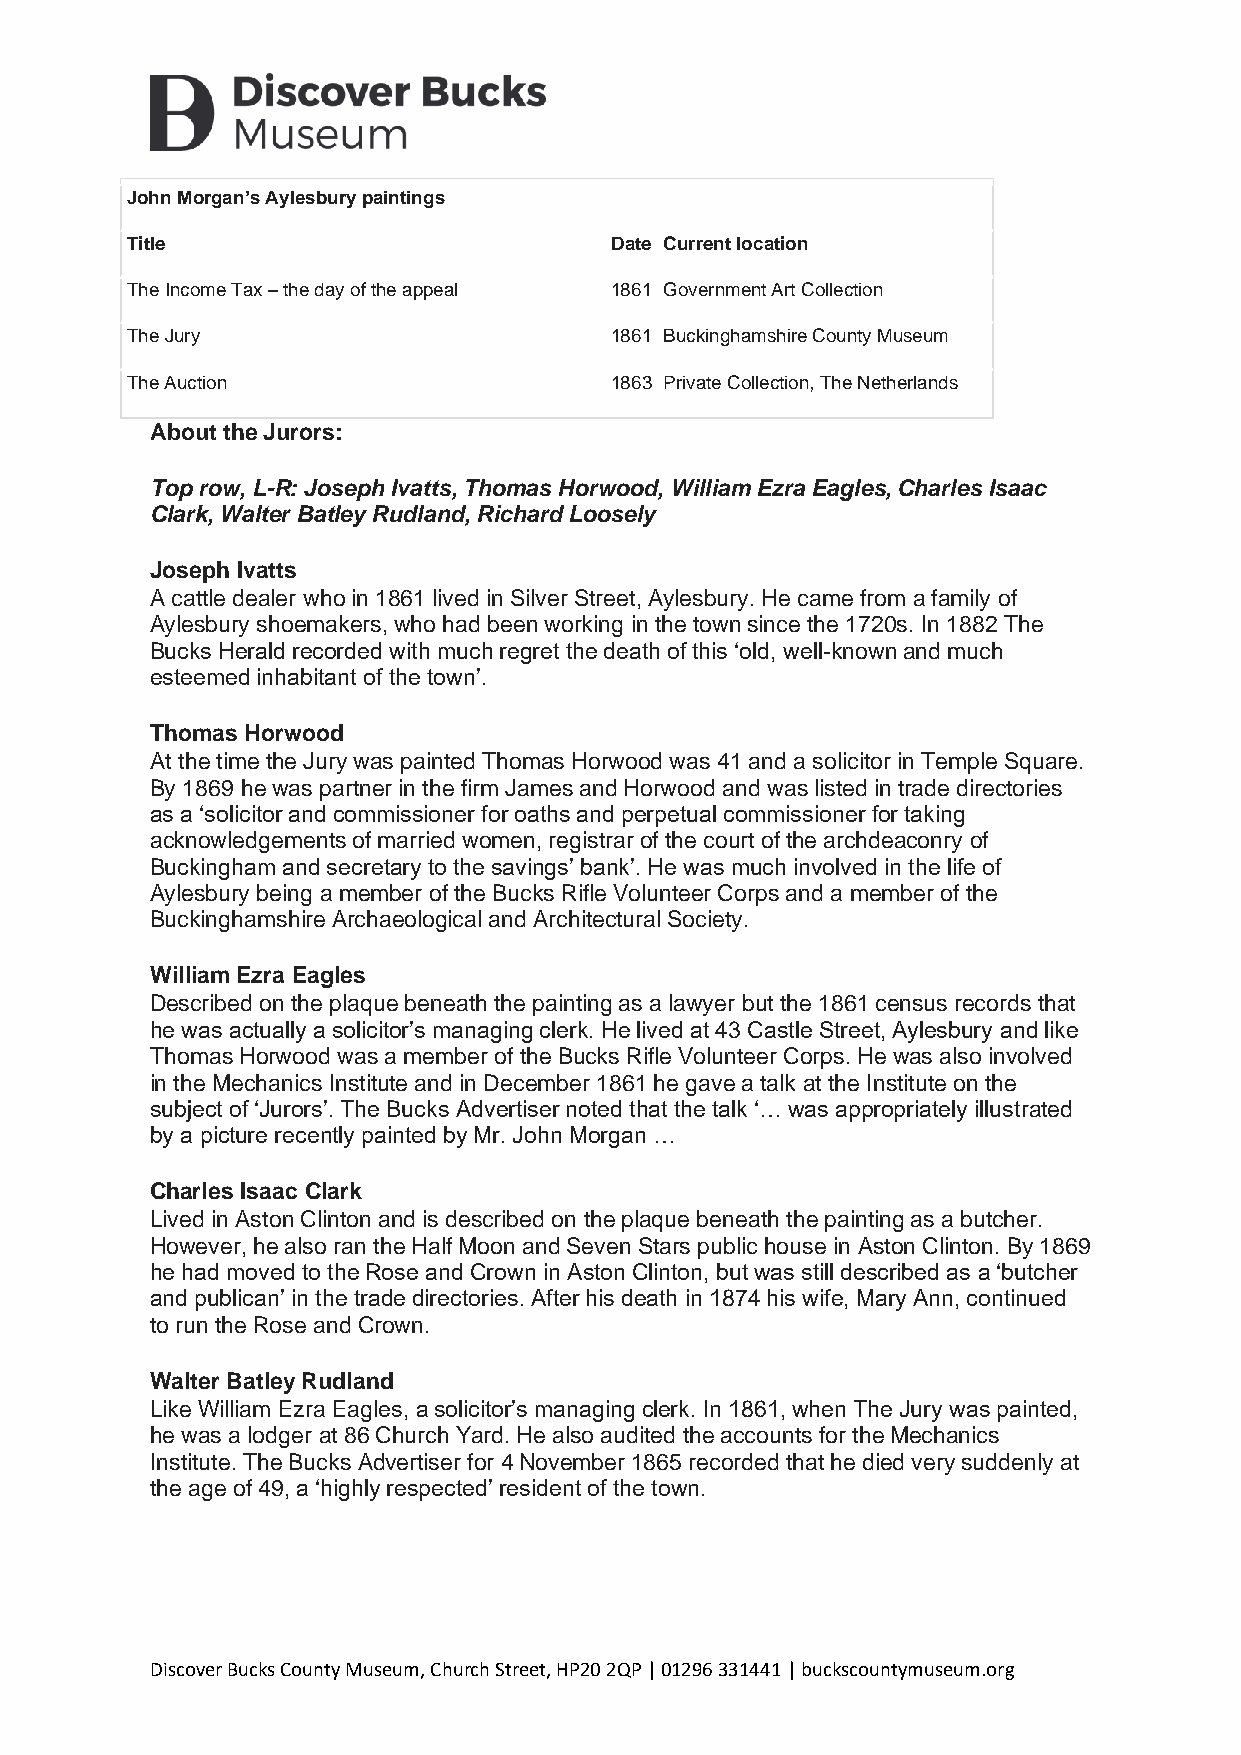
John Morgan’s Aylesbury paintings
 Title                           Date Current location
 The Income Tax – the day of the appeal 1861 Government Art Collection
 The Jury                        1861 Buckinghamshire County Museum
 The Auction                     1863 Private Collection, The Netherlands
 About the Jurors:
 Top row, L-R: Joseph Ivatts, Thomas Horwood, William Ezra Eagles, Charles Isaac
 Clark, Walter Batley Rudland, Richard Loosely
 Joseph Ivatts
 A cattle dealer who in 1861 lived in Silver Street, Aylesbury. He came from a family of
 Aylesbury shoemakers, who had been working in the town since the 1720s. In 1882 The
 Bucks Herald recorded with much regret the death of this ‘old, well-known and much
 esteemed inhabitant of the town’.
 Thomas Horwood
 At the time the Jury was painted Thomas Horwood was 41 and a solicitor in Temple Square.
 By 1869 he was partner in the firm James and Horwood and was listed in trade directories
 as a ‘solicitor and commissioner for oaths and perpetual commissioner for taking
 acknowledgements of married women, registrar of the court of the archdeaconry of
 Buckingham and secretary to the savings’ bank’. He was much involved in the life of
 Aylesbury being a member of the Bucks Rifle Volunteer Corps and a member of the
 Buckinghamshire Archaeological and Architectural Society.
 William Ezra Eagles
 Described on the plaque beneath the painting as a lawyer but the 1861 census records that
 he was actually a solicitor’s managing clerk. He lived at 43 Castle Street, Aylesbury and like
 Thomas Horwood was a member of the Bucks Rifle Volunteer Corps. He was also involved
 in the Mechanics Institute and in December 1861 he gave a talk at the Institute on the
 subject of ‘Jurors’. The Bucks Advertiser noted that the talk ‘… was appropriately illustrated
 by a picture recently painted by Mr. John Morgan …
 Charles Isaac Clark
 Lived in Aston Clinton and is described on the plaque beneath the painting as a butcher.
 However, he also ran the Half Moon and Seven Stars public house in Aston Clinton. By 1869
 he had moved to the Rose and Crown in Aston Clinton, but was still described as a ‘butcher
 and publican’ in the trade directories. After his death in 1874 his wife, Mary Ann, continued
 to run the Rose and Crown.
 Walter Batley Rudland
 Like William Ezra Eagles, a solicitor’s managing clerk. In 1861, when The Jury was painted,
 he was a lodger at 86 Church Yard. He also audited the accounts for the Mechanics
 Institute. The Bucks Advertiser for 4 November 1865 recorded that he died very suddenly at
 the age of 49, a ‘highly respected’ resident of the town.
 Discover Bucks County Museum, Church Street, HP20 2QP | 01296 331441 | buckscountymuseum.org